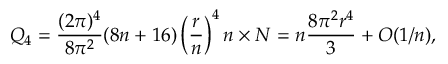
Q _ { 4 } = \frac { ( 2 \pi ) ^ { 4 } } { 8 \pi ^ { 2 } } ( 8 n + 1 6 ) \left( { \frac { r } { n } } \right) ^ { 4 } n \times N = n \frac { 8 \pi ^ { 2 } r ^ { 4 } } { 3 } + { \cal O } ( 1 / n ) ,